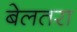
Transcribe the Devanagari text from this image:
बेलतरा